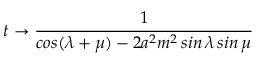
t \to \frac { 1 } { c o s ( \lambda + \mu ) - 2 a ^ { 2 } m ^ { 2 } \, s i n \, \lambda \, s i n \, \mu }